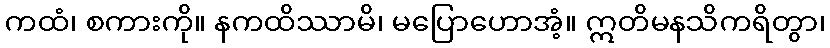
ကထံ၊ စကားကို။ နကထိဿာမိ၊ မပြောဟောအံ့။ ဣတိမနသိကရိတွာ၊